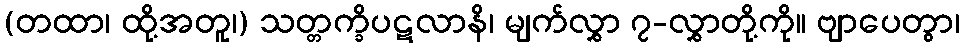
(တထာ၊ ထို့အတူ၊) သတ္တက္ခိပဋလာနိ၊ မျက်လွှာ ၇-လွှာတို့ကို။ ဗျာပေတွာ၊